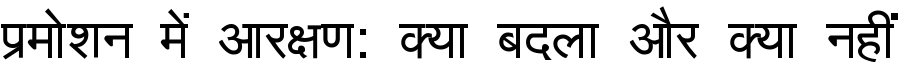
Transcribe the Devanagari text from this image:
प्रमोशन में आरक्षण: क्या बदला और क्या नहीं